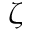
\zeta